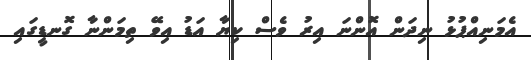
އެމަނިއްޕުޅު ނިދަން އޮންނަ އިރު ވެސް ކިޔާ އަޑު އިވޭ ތިމަންނާ ގޮނޑީގައި